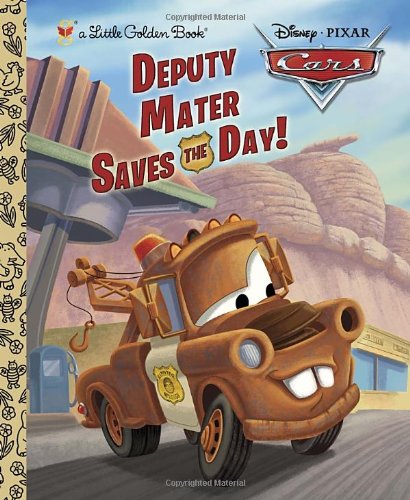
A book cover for Deputy Mater Saves the Day! (Disney/Pixar Cars) (Little Golden Book); Frank Berrios; Children's Books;